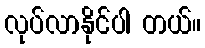
လုပ်လာနိုင်ပါ တယ်။